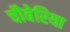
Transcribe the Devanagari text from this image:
चौबेरिया